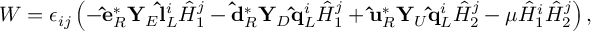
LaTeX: W = \epsilon _ { i j } \left( - { \bf \hat { e } } _ { R } ^ { * } { \bf Y } _ { E } { \bf \hat { l } } _ { L } ^ { i } { \hat { H } } _ { 1 } ^ { j } - { \bf \hat { d } } _ { R } ^ { * } { \bf Y } _ { D } { \bf \hat { q } } _ { L } ^ { i } { \hat { H } } _ { 1 } ^ { j } + { \bf \hat { u } } _ { R } ^ { * } { \bf Y } _ { U } { \bf \hat { q } } _ { L } ^ { i } { \hat { H } } _ { 2 } ^ { j } - \mu { \hat { H } } _ { 1 } ^ { i } { \hat { H } } _ { 2 } ^ { j } \right) ,